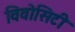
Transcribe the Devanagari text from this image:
विवोसिटी